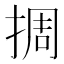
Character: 㨄